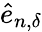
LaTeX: \hat{e}_{n,{\delta}}